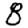
Digit: 8